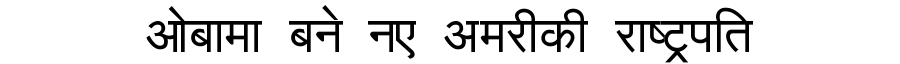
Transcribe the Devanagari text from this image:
ओबामा बने नए अमरीकी राष्ट्रपति